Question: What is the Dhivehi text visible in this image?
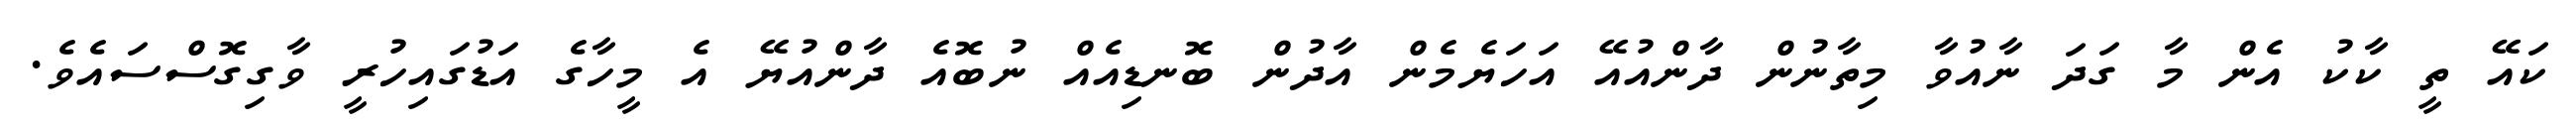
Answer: ކައޭ ތީ ކާކު އެން މާ ގަދަ ނާއުވާ މިތާނުން ދާންއުއޭ އަހަޔެމެން އާދުން ބޮނޑިއެއް ނުބޮއެ ދާންއުޔޭ އެ މީހާގެ އަޑުގައިހުރީ ވާގިގޮސްސައެވެ.